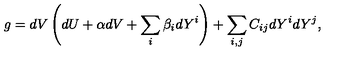
g = d V \left( d U + \alpha d V + \sum _ { i } \beta _ { i } d Y ^ { i } \right) + \sum _ { i , j } C _ { i j } d Y ^ { i } d Y ^ { j } ,